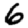
Digit: 6